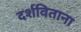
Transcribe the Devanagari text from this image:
दर्शविताना